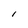
Character: l